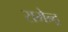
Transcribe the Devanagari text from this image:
रामेन्द्र